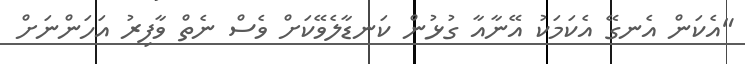
"އެކަން އެނގޭ އެކަމަކު އޭނާއާ ގުޅުން ކަނޑާލެވޭކަށް ވެސް ނެތް ވާފިރު އަހަންނަށް